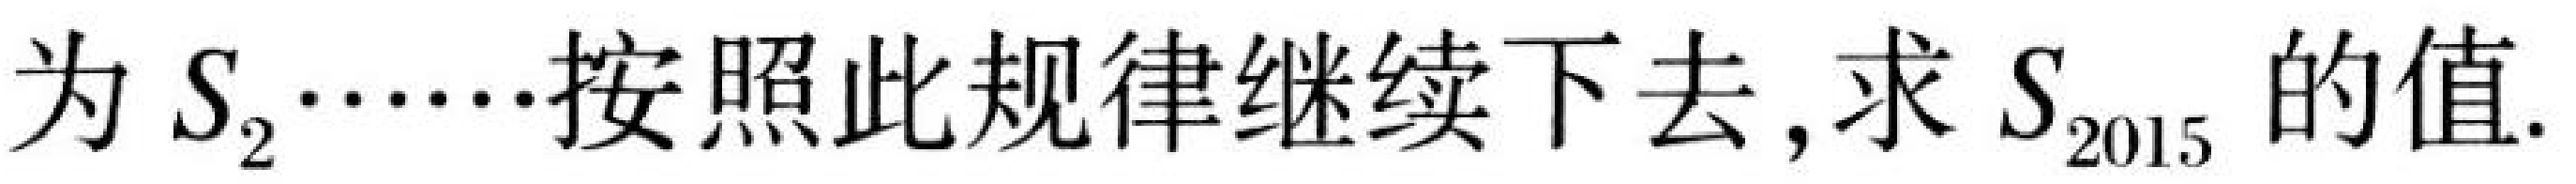
为 \(S_{2}\cdots\cdots\)按照此规律继续下去, 求 \(S_{2015}\) 的值.